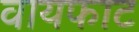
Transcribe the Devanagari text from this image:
वायफाट